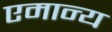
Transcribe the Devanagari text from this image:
एमान्य